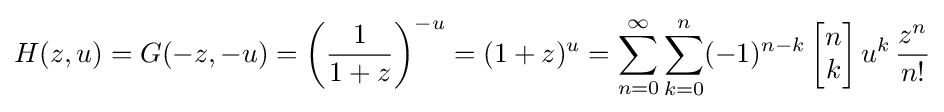
H(z,u)=G(-z,-u)=\left({\frac {1}{1+z}}\right)^{-u}=(1+z)^{u}=\sum _{n=0}^{\infty }\sum _{k=0}^{n}(-1)^{n-k}\left[{\begin{matrix}n\\k\end{matrix}}\right]u^{k}\,{\frac {z^{n}}{n!}}